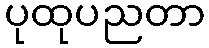
ပုထုပညတာ